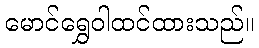
မောင်ရွှေဝါထင်ထားသည်။